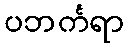
ပဘင်္ကရာ